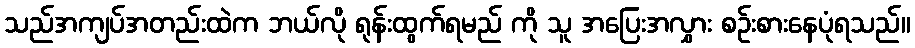
သည်အကျပ်အတည်းထဲက ဘယ်လို ရုန်းထွက်ရမည် ကို သူ အပြေးအလွှား စဉ်းစားနေပုံရသည်။